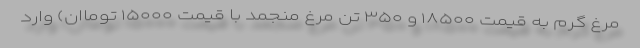
مرغ گرم به قیمت ۱۸۵۰۰ و ۳۵۰ تن مرغ منجمد با قیمت ۱۵۰۰۰ توماان) وارد